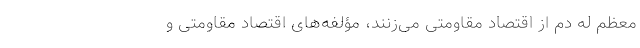
معظم له دم از اقتصاد مقاومتی می‌زنند، مؤلفه‌های اقتصاد مقاومتی و